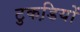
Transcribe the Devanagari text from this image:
टुकडि़यों